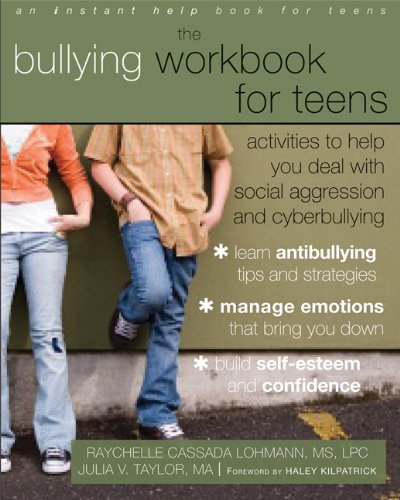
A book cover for The Bullying Workbook for Teens: Activities to Help You Deal with Social Aggression and Cyberbullying; Raychelle Cassada Lohmann MS  LPC; Parenting & Relationships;